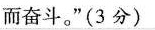
而奋斗。”(3分)